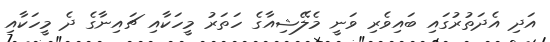
އަދި އެދަތުރުގައި ބައިވެރި ވަނީ މެލޭޝިއާގެ ހަތަރު މީހަކާއި ޗައިނާގެ ދެ މީހަކާއި